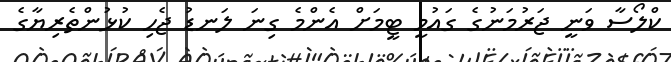
ކްލޯސާ ވަނީ ޖަރުމަނުގެ ގައުމީ ޓީމަށް އެންމެ ގިނަ ލަނޑު ޖެހި ކުޅުންތެރިޔާގެ